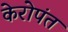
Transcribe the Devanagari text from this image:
केरोपंत